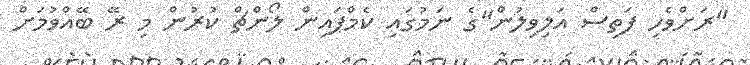
"ރަށްވެހި ފަތިސް އަލިވިލުން"ގެ ނަމުގައި ކެމްޕައިން ލޯންޗް ކުރުން މި ރޭ ބޭއްވުމަށް